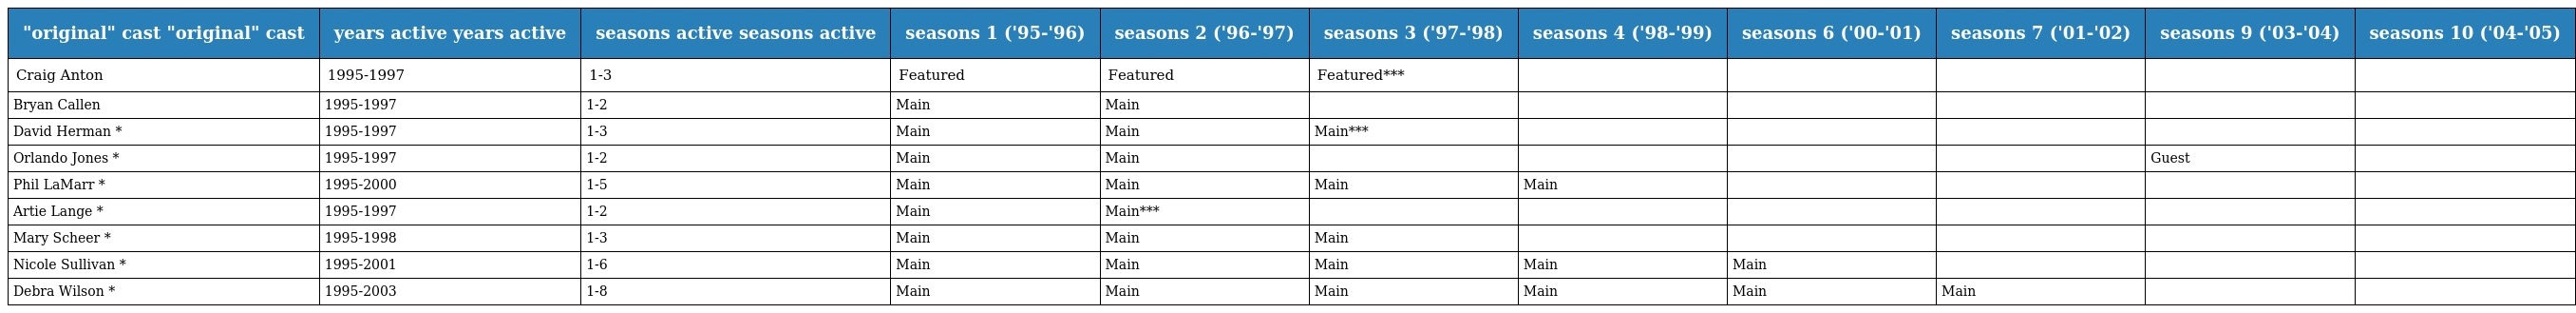
| "original" cast "original" cast | years active years active | seasons active seasons active | seasons 1 ('95-'96) | seasons 2 ('96-'97) | seasons 3 ('97-'98) | seasons 4 ('98-'99) | seasons 6 ('00-'01) | seasons 7 ('01-'02) | seasons 9 ('03-'04) | seasons 10 ('04-'05) |
 | --- | --- | --- | --- | --- | --- | --- | --- | --- | --- | --- |
 | Craig Anton | 1995-1997 | 1-3 | Featured | Featured | Featured*** |  |  |  |  |  |
 | Bryan Callen | 1995-1997 | 1-2 | Main | Main |  |  |  |  |  |  |
 | David Herman * | 1995-1997 | 1-3 | Main | Main | Main*** |  |  |  |  |  |
 | Orlando Jones * | 1995-1997 | 1-2 | Main | Main |  |  |  |  | Guest |  |
 | Phil LaMarr * | 1995-2000 | 1-5 | Main | Main | Main | Main |  |  |  |  |
 | Artie Lange * | 1995-1997 | 1-2 | Main | Main*** |  |  |  |  |  |  |
 | Mary Scheer * | 1995-1998 | 1-3 | Main | Main | Main |  |  |  |  |  |
 | Nicole Sullivan * | 1995-2001 | 1-6 | Main | Main | Main | Main | Main |  |  |  |
 | Debra Wilson * | 1995-2003 | 1-8 | Main | Main | Main | Main | Main | Main |  |  |